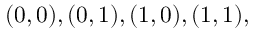
( 0 , 0 ) , ( 0 , 1 ) , ( 1 , 0 ) , ( 1 , 1 ) ,